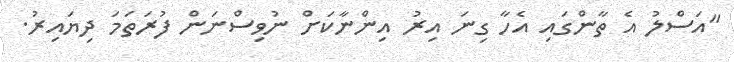
"އަސްލު އެ ތާންގައި އެހާ ގިނަ އިރު އިންނާކަށް ނުވިސްނަން ފުރަތަމަ ދިޔައިރު.